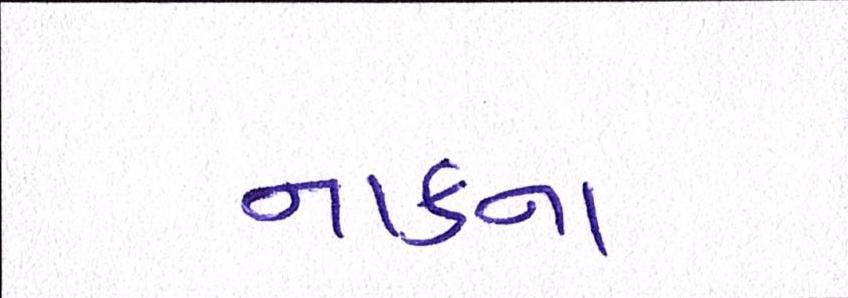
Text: નાકના